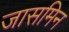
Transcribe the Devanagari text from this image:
जासमिन